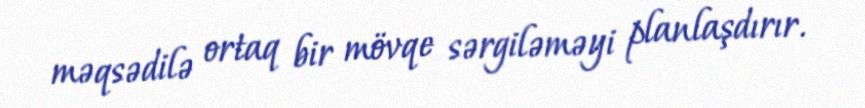
məqsədilə ortaq bir mövqe sərgiləməyi planlaşdırır.